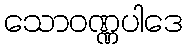
သောဝဏ္ဏပါဒေ